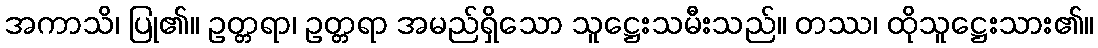
အကာသိ၊ ပြု၏။ ဥတ္တရာ၊ ဥတ္တရာ အမည်ရှိသော သူဋ္ဌေးသမီးသည်။ တဿ၊ ထိုသူဋ္ဌေးသား၏။